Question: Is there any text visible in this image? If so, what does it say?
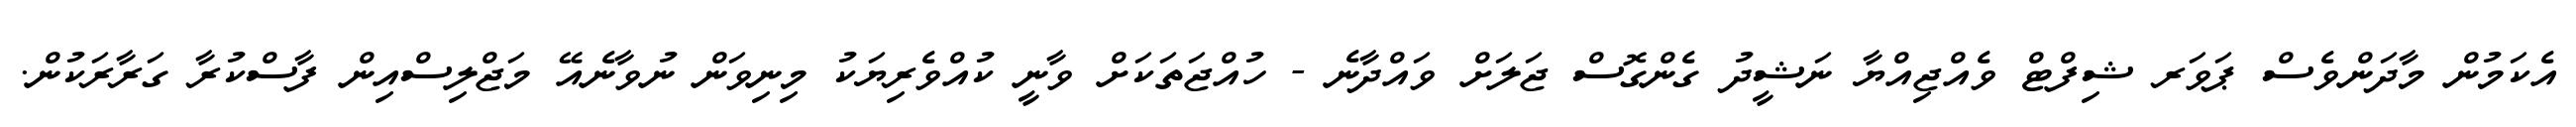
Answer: އެކަމުން މާދަންވެސް ޕަވަރ ޝިފްޓް ވެއްޖިއްޔާ ނަޝީދު ގެންގޮސް ޖަލަށް ވައްދާނެ - ހުއްޖަތަކަށް ވާނީ ކުއްވެރިޔަކު މިނިވަން ނުވާނެއޭ މަޖްލިސްއިން ފާސްކުރާ ގަރާރަކުން.